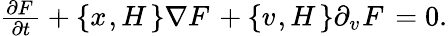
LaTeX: \begin{array}{r}{\frac{\partial F^{}}{\partial t}+\left\{ x^{},H^{}\right\} \nabla F^{}+\left\{ v^{},H^{}\right\} \partial_{v^{}}F^{}=0.}\end{array}